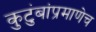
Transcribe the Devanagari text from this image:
कुटुंबांप्रमाणेच